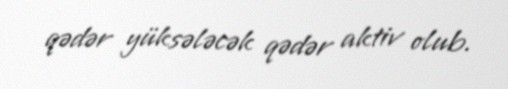
qədər yüksələcək qədər aktiv olub.